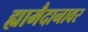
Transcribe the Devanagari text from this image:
ह्यामैदानावर